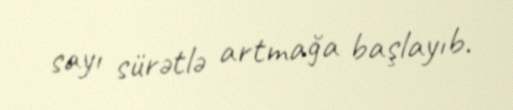
sayı sürətlə artmağa başlayıb.